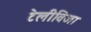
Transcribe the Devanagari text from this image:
टेलीविजा